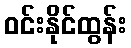
ဝင်းနိုင်ထွန်း